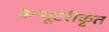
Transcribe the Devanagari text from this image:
कप्यूटरीकृत